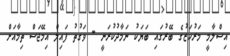
އިސްލާމީ މަރުކަޒުގެ ބޭރުގައި ބަޔަކު ނަމާދުކުރަނީ - ވަގުތު ފައިލް އިމޭޖަސް ތިމާއަށް